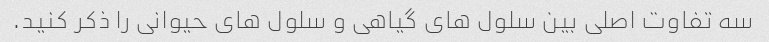
سه تفاوت اصلی بین سلول های گیاهی و سلول های حیوانی را ذکر کنید.